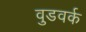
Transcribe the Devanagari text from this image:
वुडवर्क